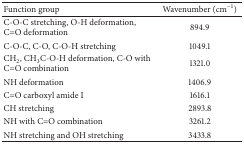
| Function group | Wavenumber (cm−1) |
 | --- | --- |
 | C-O-C stretching, O-H deformation, C=O deformation | 894.9 |
 | C-O-C, C-O, C-O-H stretching | 1049.1 |
 | CH2, CH3 C-O-H deformation, C-O with C=O combination | 1321.0 |
 | NH deformation | 1406.9 |
 | C=O carboxyl amide I | 1616.1 |
 | CH stretching | 2893.8 |
 | NH with C=O combination | 3261.2 |
 | NH stretching and OH stretching | 3433.8 |